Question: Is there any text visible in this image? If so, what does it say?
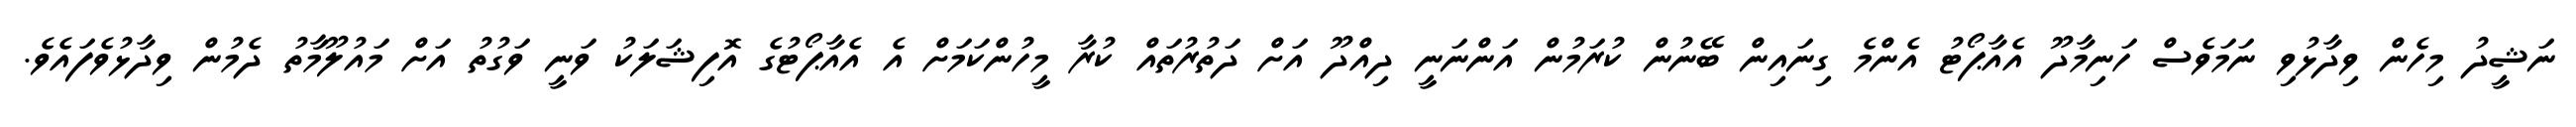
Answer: ނަޝީދު މިހެން ވިދާޅުވި ނަމަވެސް ހަނިމާދޫ އެއާޕޯޓު އެންމެ ގިނައިން ބޭނުން ކުރަމުން އަންނަނީ ދިއްދޫ އަށް ދަތުރުތައް ކުރާ މީހުންކަމަށް އެ އެއާޕޯޓުގެ އޮފިޝަލަކު ވަނީ ވަގުތު އަށް މައުލޫމާތު ދެމުން ވިދާޅުވެފައެވެ.